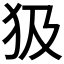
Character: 𤜯